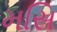
મસિ